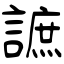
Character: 謶